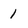
Character: 1